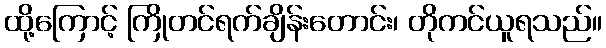
ထို့ကြောင့် ကြိုတင်ရက်ချိန်းတောင်း၊ တိုကင်ယူရသည်။